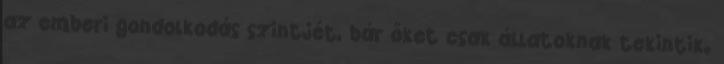
az emberi gondolkodás szintjét, bár őket csak állatoknak tekintik.